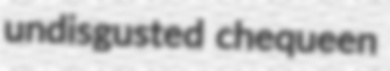
undisgusted chequeen